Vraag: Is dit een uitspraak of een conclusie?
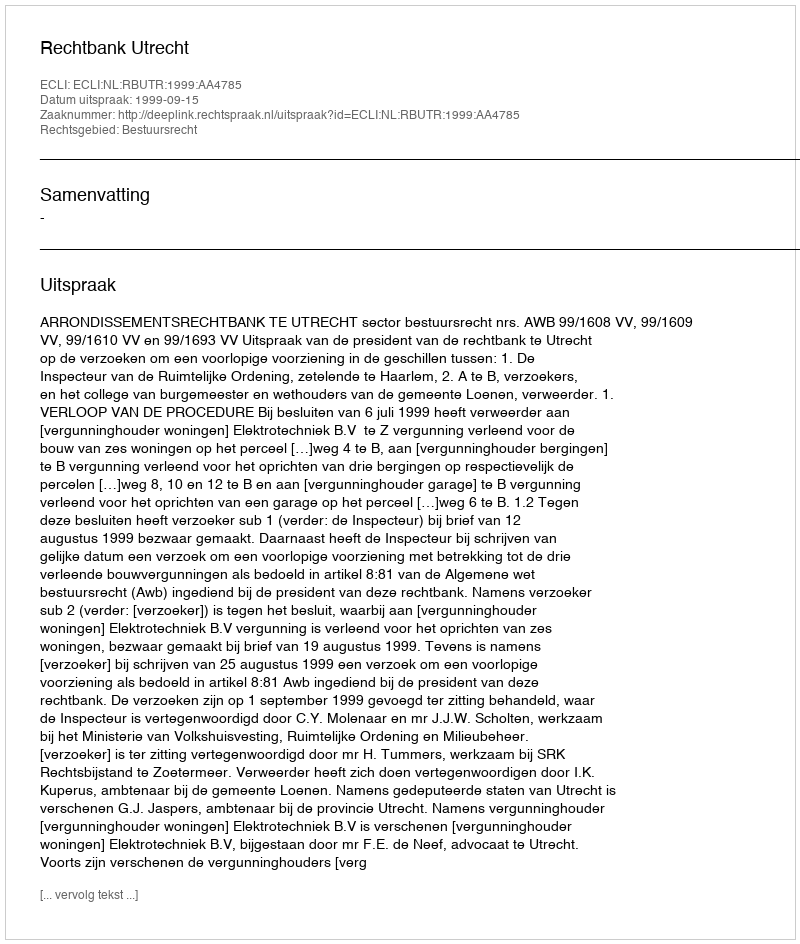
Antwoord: Uitspraak